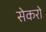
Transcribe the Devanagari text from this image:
सेकरो